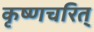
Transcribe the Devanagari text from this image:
कृष्णचरित्